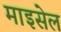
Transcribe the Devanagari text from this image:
माइसेल